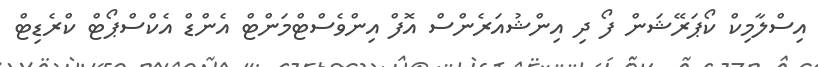
އިސްލާމިކް ކޯޕަރޭޝަން ފޯ ދި އިންޝުއަރެންސް އޮފް އިންވެސްޓްމަންޓް އެންޑް އެކްސްޕޯޓް ކްރެޑިޓް